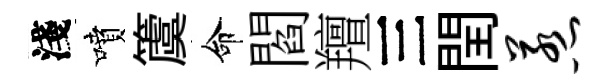
淺噴𥵂命閻羶三閏惹